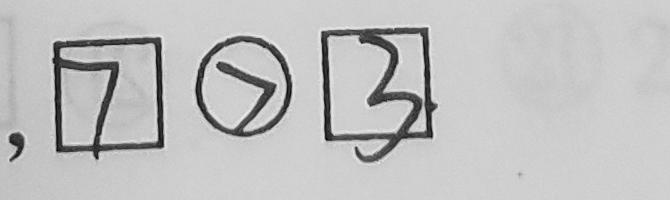
, \boxed { 7 } \textcircled { > } \boxed { 3 }